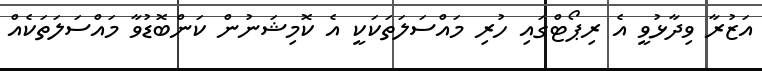
އަޒުރާ ވިދާޅުވީ އެ ރިޕޯޓްގައި ހުރި މައްސަލަތަކަކީ އެ ކޮމިޝަނުން ކަންބޮޑުވާ މައްސަލަތަކެއް